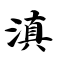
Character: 滇